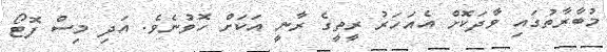
މުބާރާތުގައި ވާދަކޮށް އެއަހަރު ރީތީގެ ރާނީ އަކަށް ހޮވުނެވެ. އަދި މިސް ފޮޓޯ